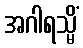
အဂါရသ္မိံ